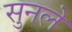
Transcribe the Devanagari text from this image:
सुनले